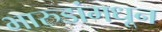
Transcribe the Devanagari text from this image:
भारुडांमधून